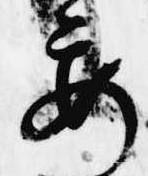
要